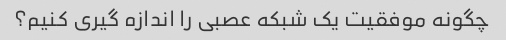
چگونه موفقیت یک شبکه عصبی را اندازه گیری کنیم؟